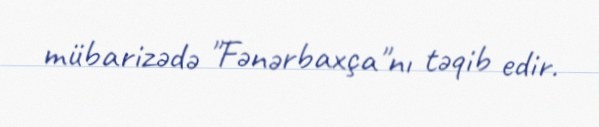
mübarizədə "Fənərbaxça"nı təqib edir.